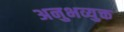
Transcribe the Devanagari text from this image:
अनुभव्युक्त